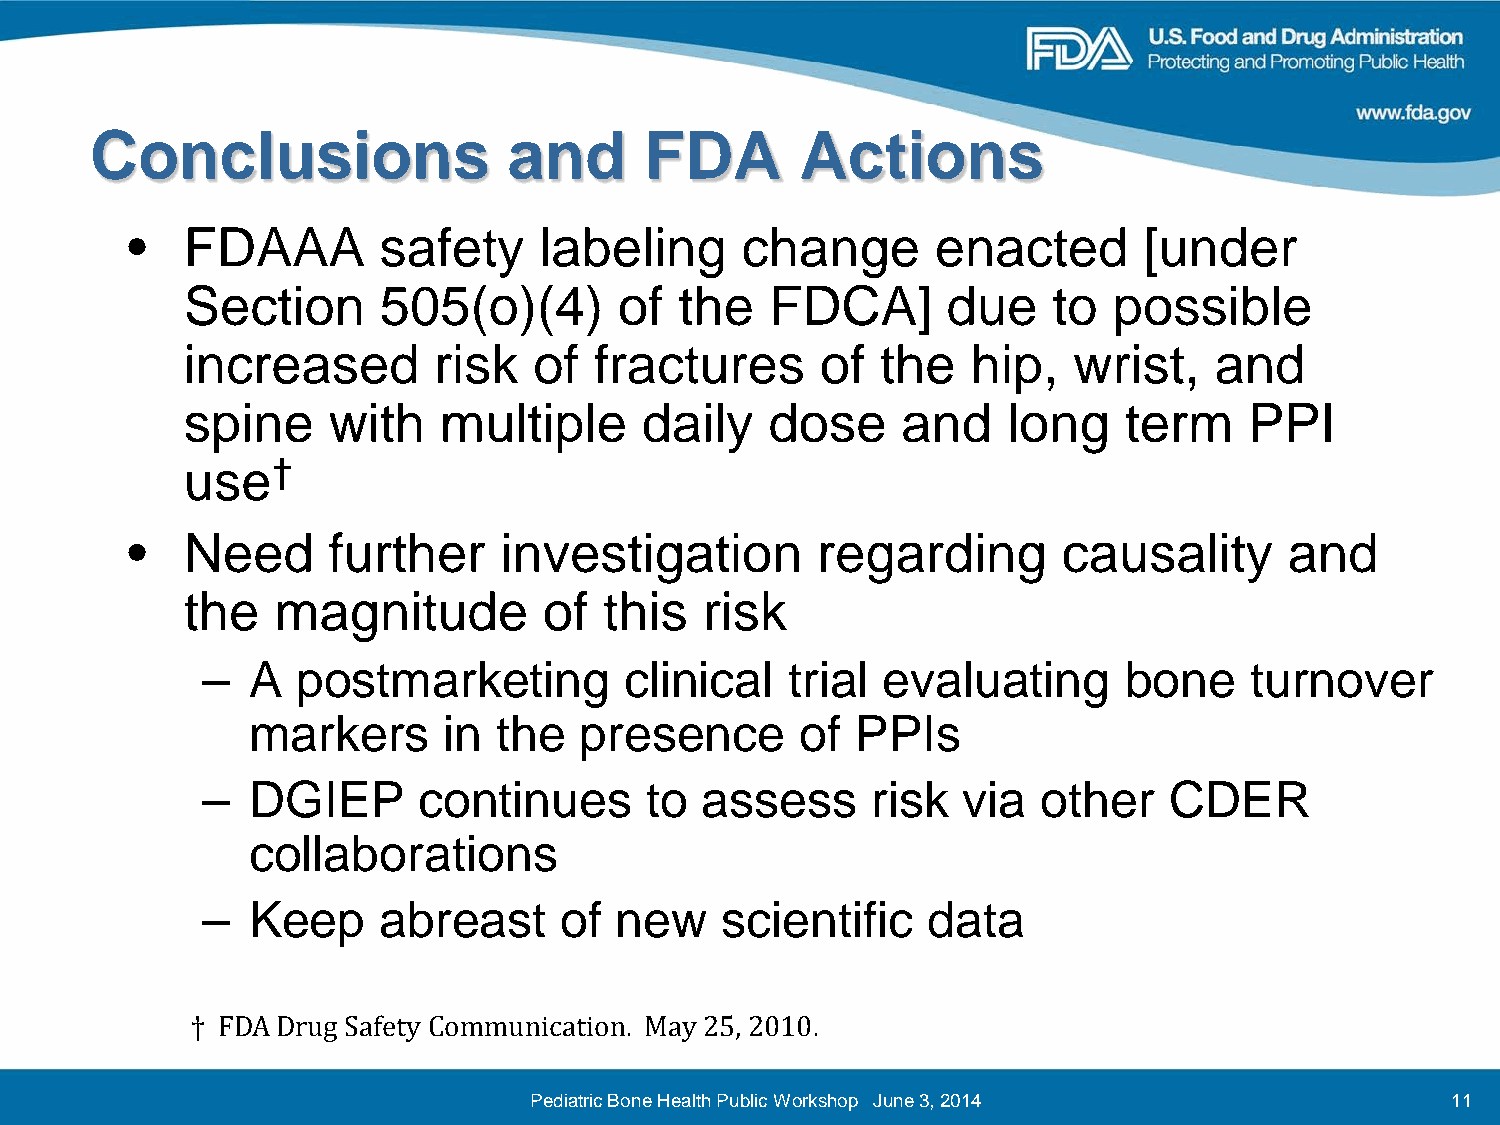
Conclusions                 and      FDA       Actions
 •   FDAAA        safety     labeling     change       enacted       [under
 Section      505(o)(4)       of  the   FDCA]       due    to  possible
 increased        risk  of  fractures      of  the   hip,   wrist,   and
 spine     with   multiple     daily    dose     and    long   term     PPI
 use†
 •   Need      further    investigation        regarding       causality      and
 the   magnitude         of  this   risk
 –   A  postmarketing        clinical   trial evaluating       bone    turnover
 markers     in  the  presence       of  PPIs
 –   DGIEP      continues      to assess      risk  via  other   CDER
 collaborations
 –   Keep    abreast     of  new    scientific   data
 † FDA Drug Safety Communication. May 25, 2010.
 Pediatric Bone Health Public Workshop June 3, 2014           11